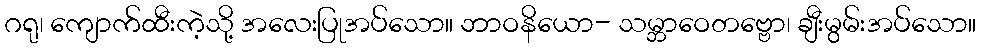
ဂရု၊ ကျောက်ထီးကဲ့သို့ အလေးပြုအပ်သော။ ဘာဝနိယော- သမ္ဘာဝေတဗ္ဗော၊ ချီးမွမ်းအပ်သော။